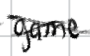
Text: game
Cross-out: cross
Writing tool: digital_black